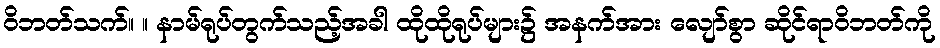
ဝိဘတ်သက်။ ။ နာမ်ရုပ်တွက်သည့်အခါ ထိုထိုရုပ်များ၌ အနက်အား လျော်စွာ ဆိုင်ရာဝိဘတ်ကို